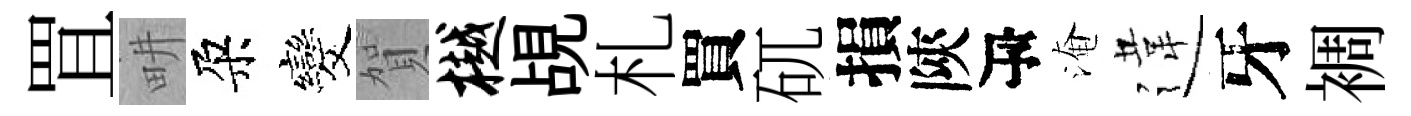
罝畊朶发賀樾覘札買矹損陝瓴淹違牙裯